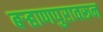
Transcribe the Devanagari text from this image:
बऱ्हाणपुरावरून